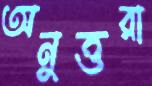
অনুত্তরা